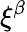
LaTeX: \xi^{\beta}